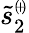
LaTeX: \tilde{s}_{2}^{\scriptscriptstyle(\! +\! )}